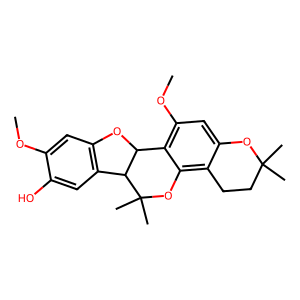
SMILES: COc1cc2c(cc1O)C1C(O2)c2c(OC)cc3c(c2OC1(C)C)CCC(C)(C)O3
Inhibits HIV replication: No